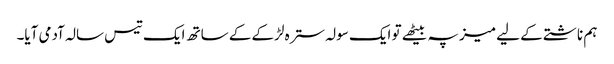
ہم ناشتے کے لیے میز پہ بیٹھے تو ایک سولہ سترہ لڑکے کے ساتھ ایک تیس سالہ آدمی آیا۔